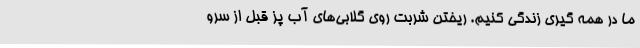
ما در همه گیری زندگی کنیم. ریختن شربت روی گلابی‌های آب پز قبل از سرو